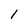
Character: 1